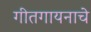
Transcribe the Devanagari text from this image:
गीतगायनाचे